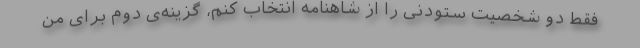
فقط دو شخصیت ستودنی را از شاهنامه انتخاب کنم، گزینه‌ی دوم برای من